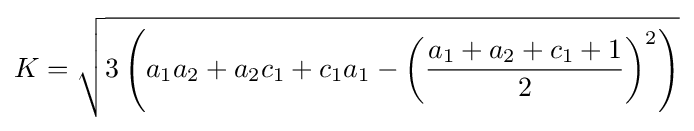
K={\sqrt {3\left(a_{1}a_{2}+a_{2}c_{1}+c_{1}a_{1}-\left({\frac {a_{1}+a_{2}+c_{1}+1}{2}}\right)^{2}\right)}}